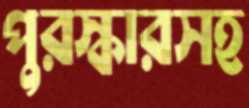
পুরস্কারসহ